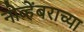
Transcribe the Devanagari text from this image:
नोव्हेंबराच्या